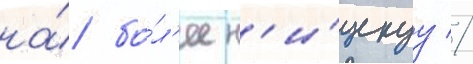
на́ бо́л'ее н'и́зкуу //